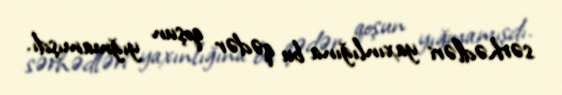
sərhədləri yaxınlığına bu qədər qoşun yığmamışdı.